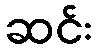
ဆင်း